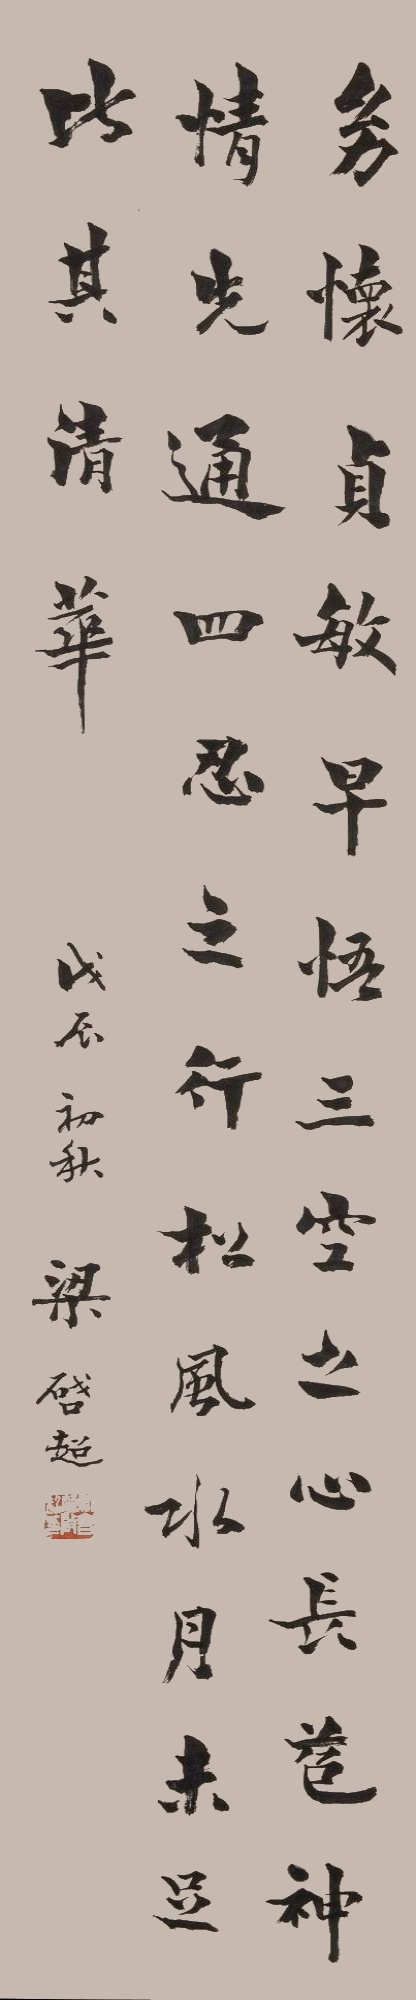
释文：幼怀贞敏，早悟三空之心，长苞神情，先通四忍之行，松风水月未足比其清华。戊辰初秋梁启超